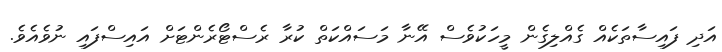
އަދި ފައިސާތަކެއް ގެއްލިގެން މީހަކުވެސް އޭނާ މަސައްކަތް ކުރާ ރެސްޓޯރެންޓަށް އައިސްފައި ނުވެއެވެ.